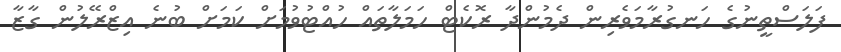
ފަލަސްތީނުގެ ހަނގުރާމަވެރިން ދެމުންދާ ރޮކެޓް ހަމަލާތައް ހުއްޓުވުމަށް ކަމަށް ބުނެ އިޒްރޭލުން ގާޒާ